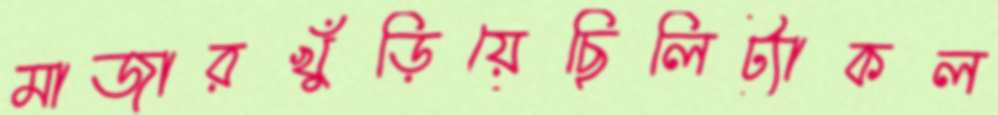
মাজারখুঁড়িয়েছিলিট্যাকল